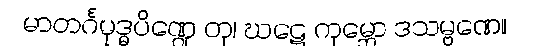
မာတင်္ဂမုဒ္ဓပိဏ္ဍေ တု၊ ဃဋေ ကုမ္ဘော ဒသမ္ဗဏေ။